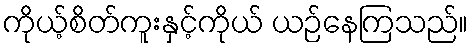
ကိုယ့်စိတ်ကူးနှင့်ကိုယ် ယဉ်နေကြသည်။